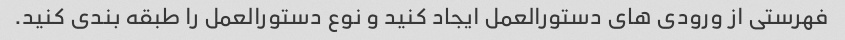
فهرستی از ورودی های دستورالعمل ایجاد کنید و نوع دستورالعمل را طبقه بندی کنید.